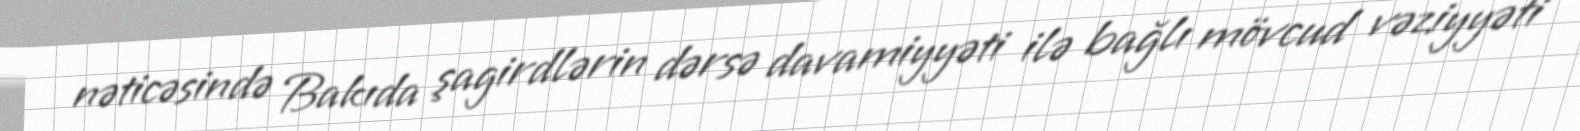
nəticəsində Bakıda şagirdlərin dərsə davamiyyəti ilə bağlı mövcud vəziyyəti